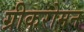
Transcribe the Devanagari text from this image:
ग्रीकरोमन